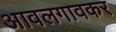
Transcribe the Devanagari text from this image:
आवलगावकर